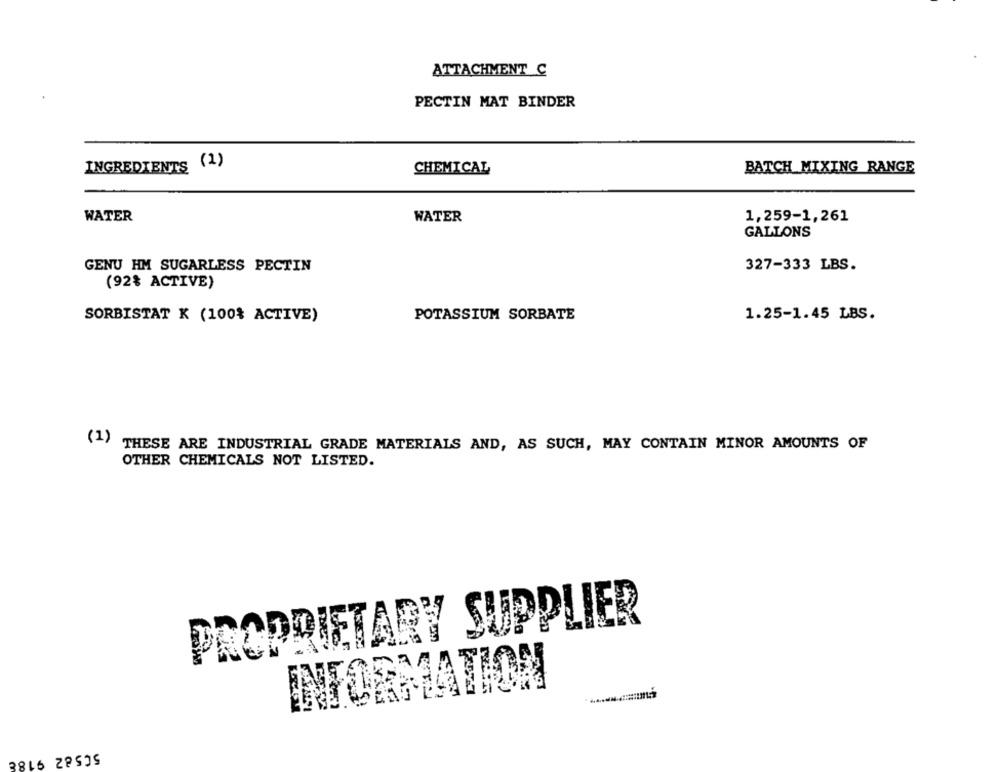
ATTACHMENT C
PECTIN MAT BINDER
INGREDIENTS (1)
CHEMICAL
BATCH MIXING RANGE
1,259-1,261
WATER
WATER
GALLONS
GENU HM SUGARLESS PECTIN
327-333 LBS.
(92% ACTIVE)
POTASSIUM SORBATE
1.25-1.45 LBS.
SORBISTAT K (100% ACTIVE)
(1)
THESE ARE INDUSTRIAL GRADE MATERIALS AND, AS SUCH, MAY CONTAIN MINOR AMOUNTS OF
OTHER CHEMICALS NOT LISTED.
PROPRIETARY SUPPLIER
234
INFORMATICA
50582 9188